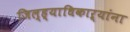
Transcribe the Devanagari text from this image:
जिल्ह्याधिकाऱ्यांना